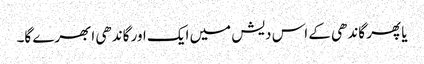
یا پھر گاندھی کے اس دیش میں ایک اور گاندھی ابھرے گا۔